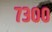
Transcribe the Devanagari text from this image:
७३००